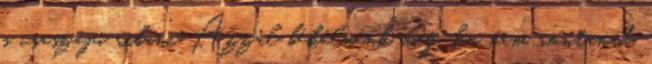
p csaszájú ribanc Azzal békélnénk meg, ha nem rontanád